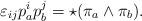
LaTeX: \begin{align*}\varepsilon_{ij}p^i_a p^j_b = \star(\pi_a \wedge \pi_b).\end{align*}